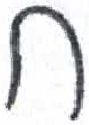
אות: ח